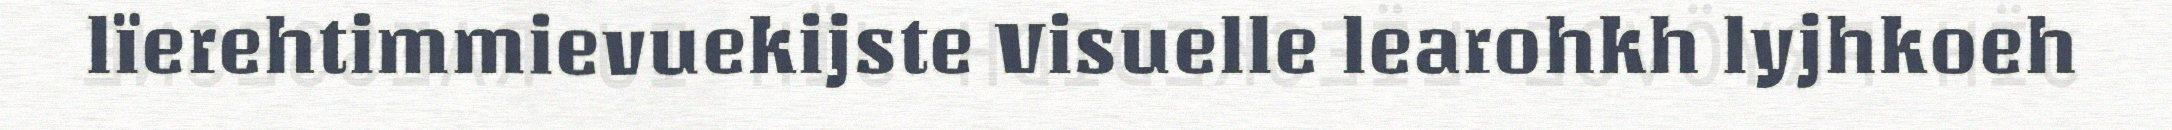
lïerehtimmievuekijste Visuelle learohkh lyjhkoeh